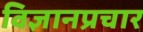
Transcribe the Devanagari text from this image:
विज्ञानप्रचार